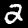
Label: 2